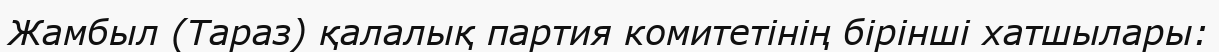
Жамбыл (Тараз) қалалық партия комитетінің бірінші хатшылары: